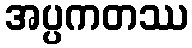
အပ္ပကတဿ